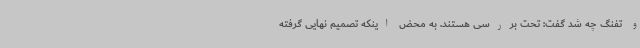
و تفنگ چه شد گفت: تحت بررسی هستند. به محض اینکه تصمیم نهایی گرفته